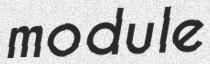
module